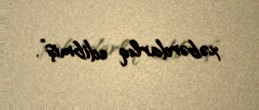
xəbərdarlıq edibmiş”.